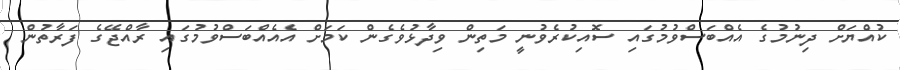
ކުއްޔަށް ދިނުމުގެ އެއްބަސްވުމުގައި ސޮއިކުރެވުނީ މަތިން ވިދާޅުވެގެން ކަމަށް އެއެއްބަސްވުމުގައި ރާއްޖޭގެ ފަރާތުން